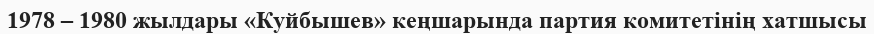
1978 – 1980 жылдары «Куйбышев» кеңшарында партия комитетінің хатшысы